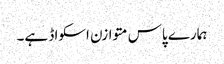
ہمارے پاس متوازن اسکواڈ ہے۔